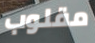
مقلوب